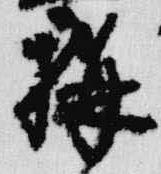
構